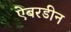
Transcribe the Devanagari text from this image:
ऐबरडीन